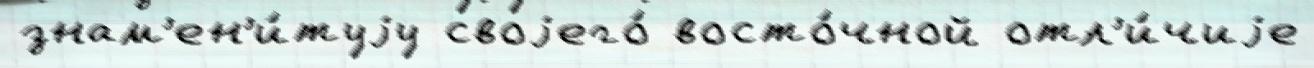
знам'ен'и́туjу своjего́ восто́чной отл'и́чиjе